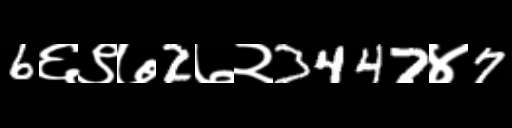
Text: 6६९७2७२3447४7